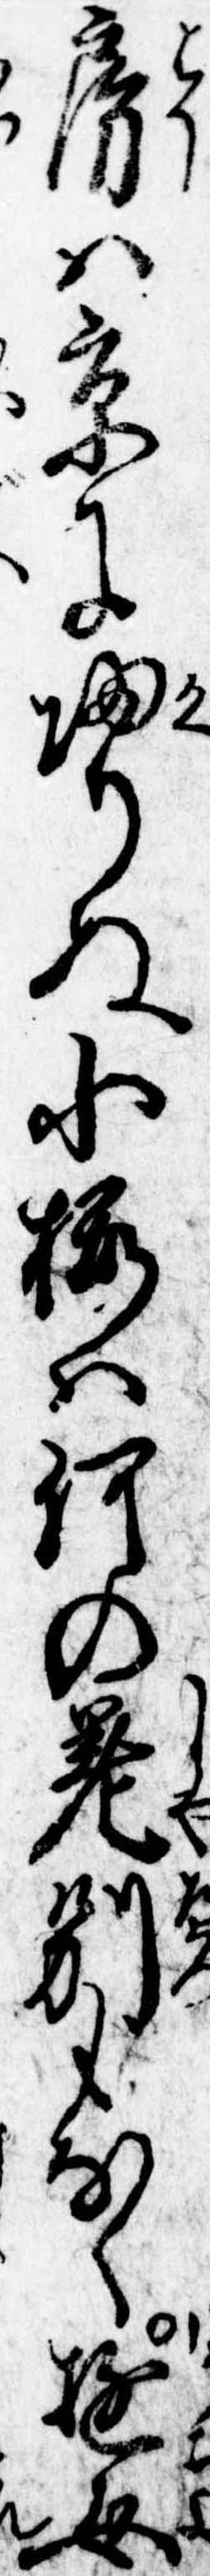
房は京に帰りぬ小桜は何の差別もなく遊女